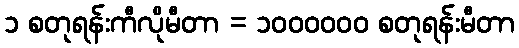
၁ စတုရန်းကီလိုမီတာ = ၁၀၀၀၀၀၀ စတုရန်းမီတာ